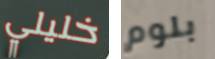
خليلي بلوم